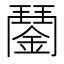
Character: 𨪖